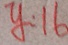
y : 1 6